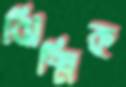
ঝিক্‌মিক্‌